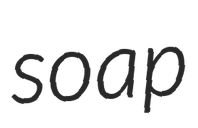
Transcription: soap